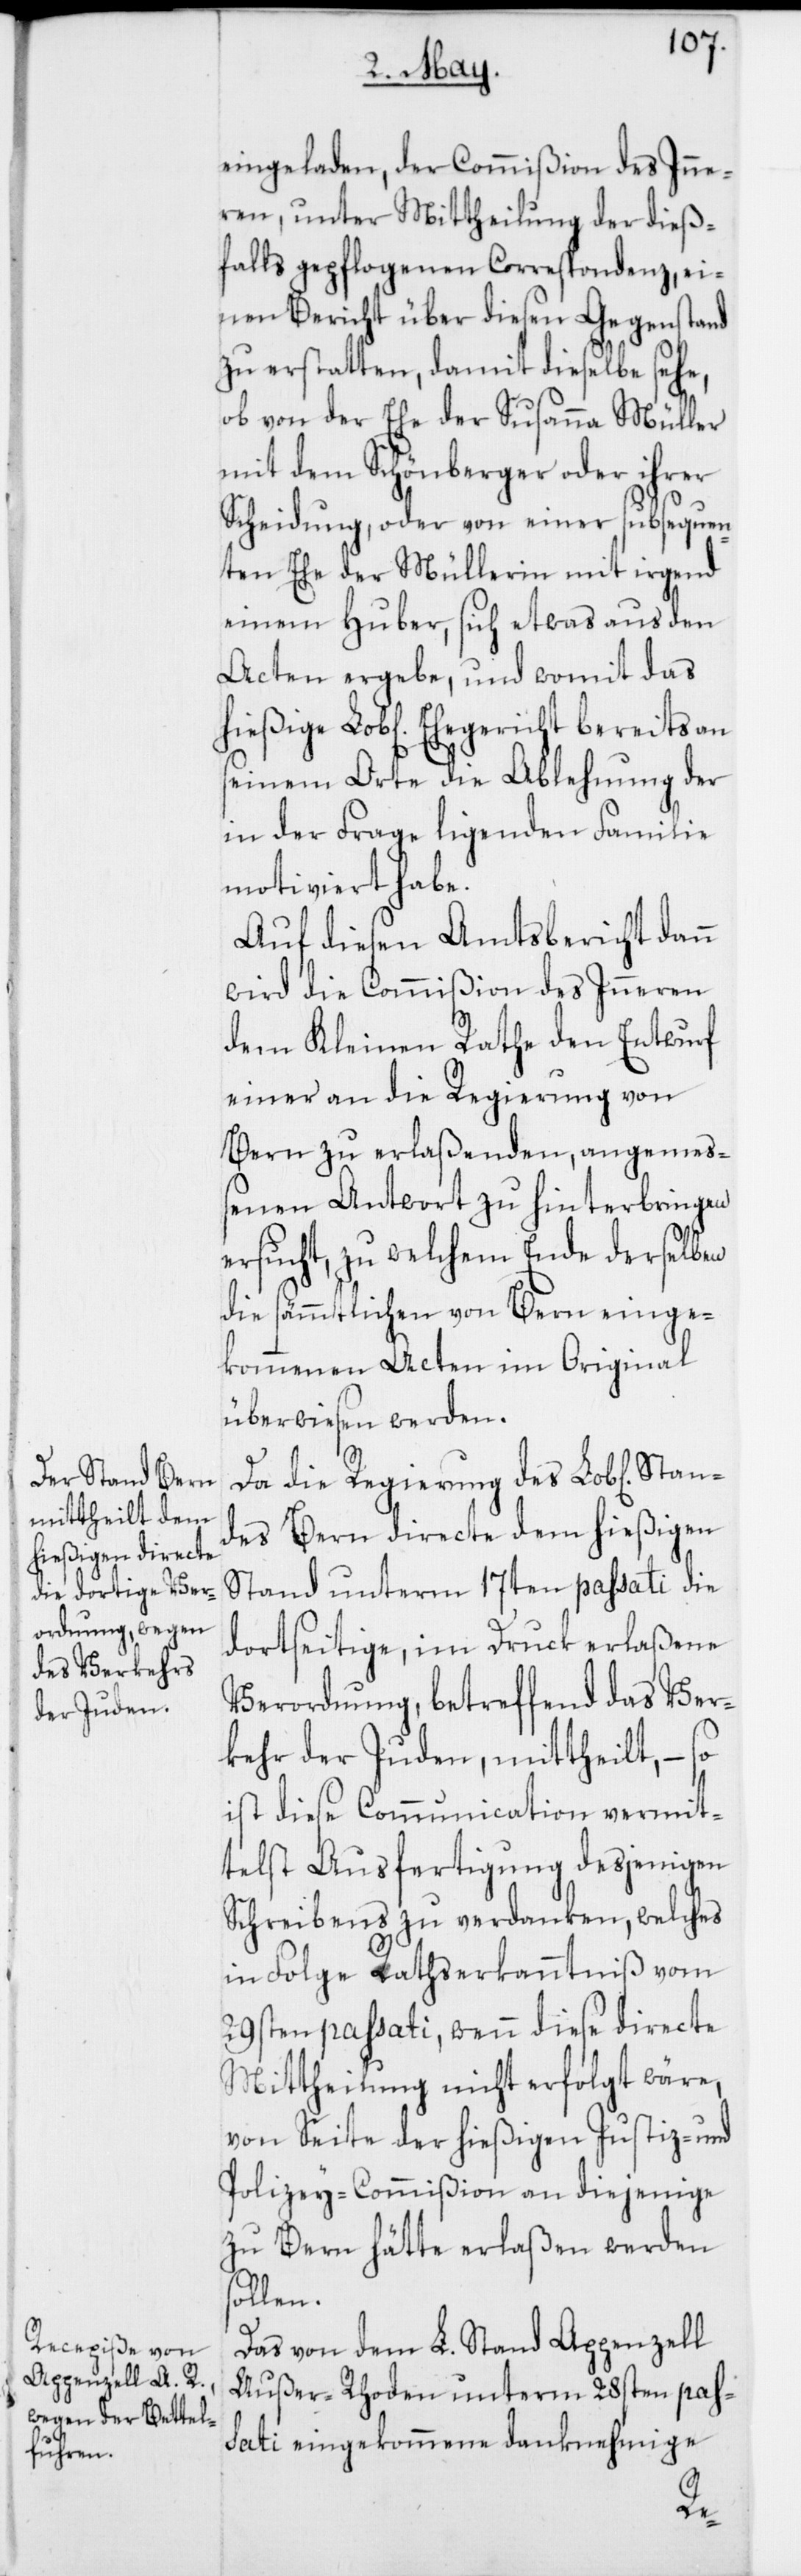
eingeladen, der Commißion des Inne¬
ren, unter Mittheilung der dieß¬
falls gepflogenen Correspondenz, ei¬
nen Bericht über diesen Gegenstand
zu erstatten, damit dieselbe sehe,
ob von der Ehe der Susanna Müller
mit dem Schönberger oder ihrer
Scheidung, oder von einer subsequen¬
ten Ehe der Müllerin mit irgend
einem Huber, sich etwas aus den
Acten ergebe, und womit das
seinem Orte die Ablehnung der
in der Frage ligenden Familie
motiviert habe.
Auf diesen Amtsbericht dann
wird die Commißion des Inneren
dem Kleinen Rathe den Entwurf
einer an die Regierung von
Bern zu erlaßenden, angemeß¬
enen Antwort zu hinterbringen
ersucht, zu welchem Ende derselben
die sämmtlichen von Bern einge¬
kommenen Acten im Original
überwiesen werden.
Da die Regierung des Lob[lichen]
des Bern directe dem hießigen
Stand unterm 17ten passati die
dortseitige, im Druck erlaßene
Verordnung, betreffend das [si¬
kehr der Juden, mittheilt, – so
ist diese Communication vermit¬
telst Ausfertigung desjenigen
Schreibens zu verdanken, welches
in Folge Rathserkanntnis vom
29sten passati, wenn diese directe
Mittheilung nicht erfolgt wäre,
von Seite der hießigen Justiz- und
Polizey-Commißion an diejenige
zu Bern hätte erlaßen werden
ollen.
Das von dem L. Stand Appenzell
Außer-Rhoden unterm 28sten pas¬
sati eingekommene danknehmige
s¬